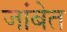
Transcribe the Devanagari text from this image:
जांबेत